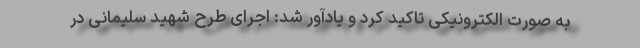
به صورت الکترونیکی تاکید کرد و یادآور شد: اجرای طرح شهید سلیمانی در